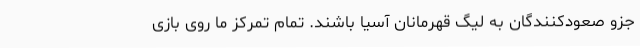
جزو صعودکنندگان به لیگ قهرمانان آسیا باشند. تمام تمرکز ما روی بازی